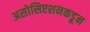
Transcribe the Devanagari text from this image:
असोसिएशनकडून